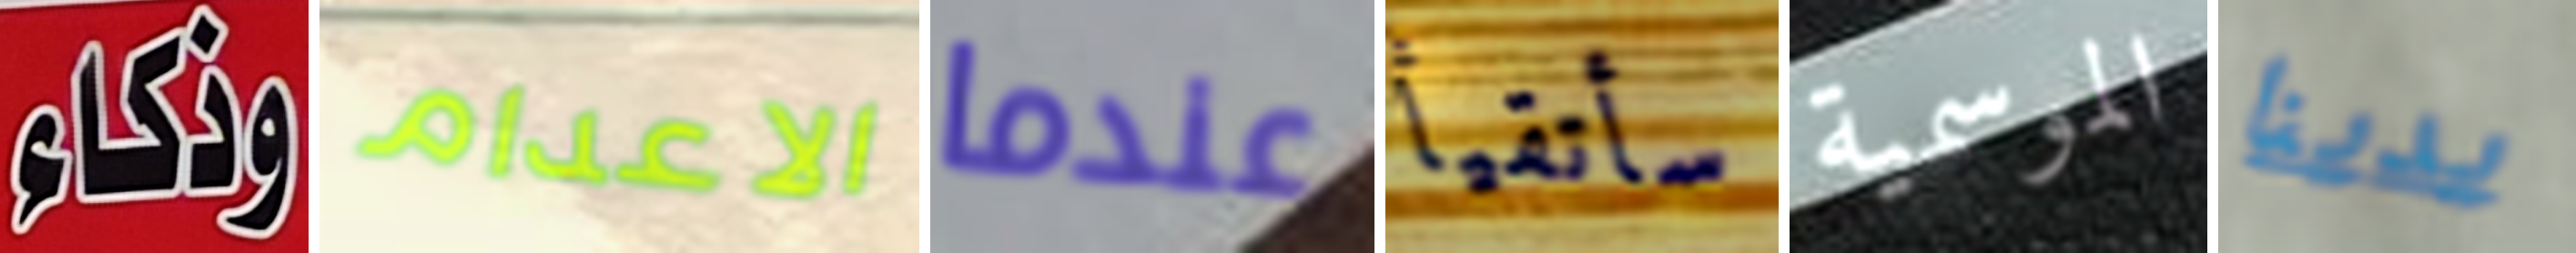
وذكاء الاعدام عندما سأتقيأ الموسمية يدينا